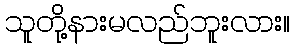
သူတို့နားမလည်ဘူးလား။